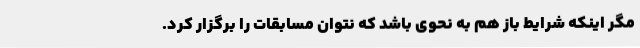
مگر اینکه شرایط باز هم به نحوی باشد که نتوان مسابقات را برگزار کرد.